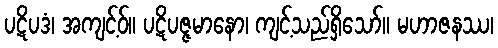
ပဋိပဒံ၊ အကျင့်ဝ်။ ပဋိပဇ္ဇမာနော၊ ကျင့်သည်ရှိသော်။ မဟာဇနဿ၊